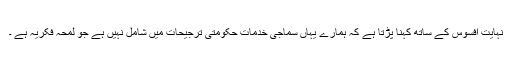
نہایت افسوس کے ساتھ کہنا پڑتا ہے کہ ہمارے یہاں سماجی خدمات حکومتی ترجیحات میں شامل نہیں ہے جو لمحہ فکریہ ہے ۔